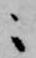
ニ